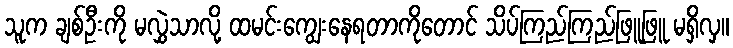
သူက ချစ်ဦးကို မလွှဲသာလို့ ထမင်းကျွေးနေရတာကိုတောင် သိပ်ကြည်ကြည်ဖြူဖြူ မရှိလှ။